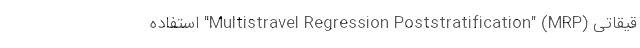
قیقاتی (Multistravel Regression Poststratification" (MRP" استفاده